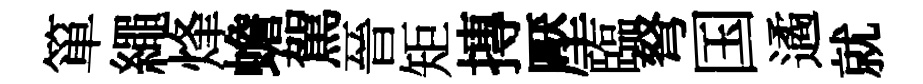
箪繩烽蟾駕晉矩摶壓臨弩国遹就